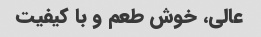
عالی، خوش طعم و با کیفیت